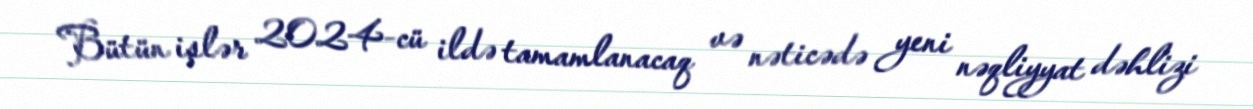
Bütün işlər 2024-cü ildə tamamlanacaq və nəticədə yeni nəqliyyat dəhlizi